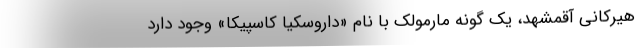
هیرکانی آقمشهد، یک گونه مارمولک با نام «داروسکیا کاسپیکا» وجود دارد